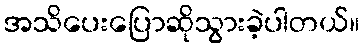
အသိပေးပြောဆိုသွားခဲ့ပါတယ်။